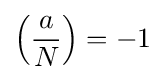
\left({\frac {a}{N}}\right)=-1